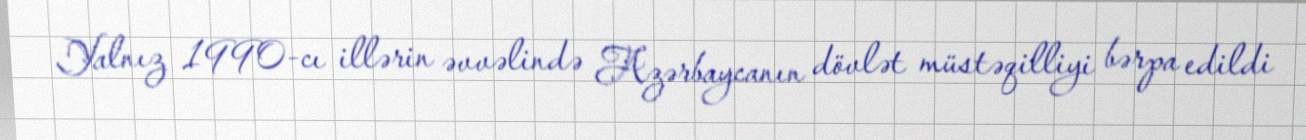
Yalnız 1990-cı illərin əvvəlində Azərbaycanın dövlət müstəqilliyi bərpa edildi